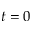
t = 0